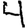
Digit: 4